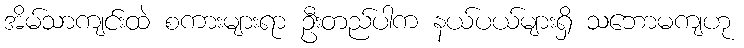
အိမ်သာကျင်းထဲ စကားများရာ ဦးတည်ပါက နယ်ပယ်များရှိ သဘောမကျဟု